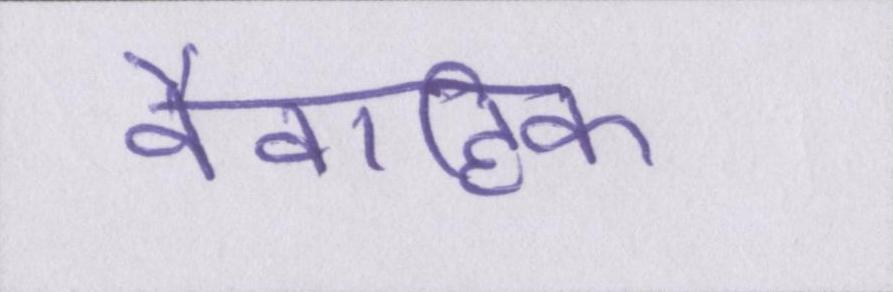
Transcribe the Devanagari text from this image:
वैवाहिक